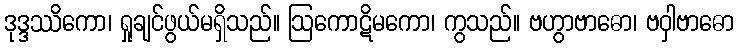
ဒုဒ္ဒဿိကော၊ ရှုချင်ဖွယ်မရှိသည်။ ဩကောဋိမကော၊ ကွသည်။ ဗဟွာဗာဓော၊ ဗဝှါဗာဓော